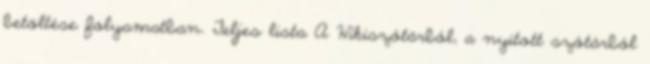
betöltése folyamatban. Teljes lista A Wikiszótárból, a nyitott szótárból